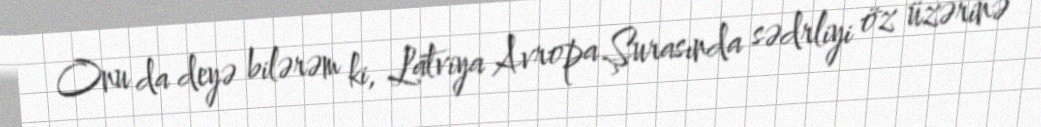
Onu da deyə bilərəm ki, Latviya Avropa Şurasında sədrliyi öz üzərinə